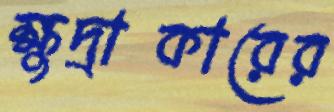
ক্ষুদ্রাকারের